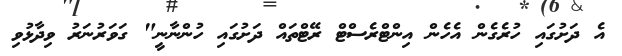
އެ ދަށުގައި ހުރެގެން އެހެން އިންޓްރެސްޓް ރޭޓްތައް ދަށުގައި ހުންނާނީ" ގަވަރުނަރު ވިދާޅުވި